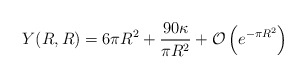
\begin{align*}Y(R,R) = 6\pi R^2 +\frac{90 \kappa}{\pi R^2} +{\cal O} \left( e^{-\pi R^2} \right)\end{align*}